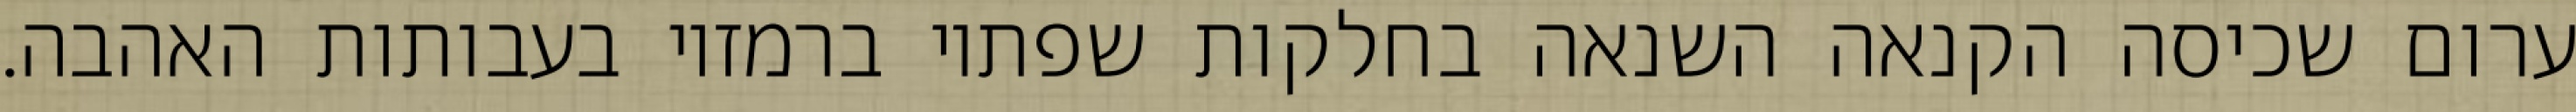
ערום שכיסה הקנאה השנאה בחלקות שפתיו ברמזיו בעבותות האהבה.